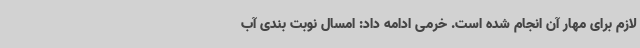
لازم برای مهار آن انجام شده است. خرمی ادامه داد: امسال نوبت بندی آب